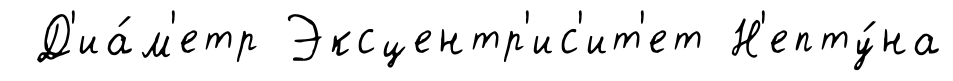
Д'иа́м'етр Эксцентр'ис'ит'ет Н'епту́на